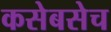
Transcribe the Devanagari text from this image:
कसेबसेच